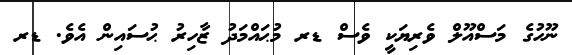
ނޫހުގެ މަސްއޫލް ވެރިޔަކީ ވެސް ޑރ މުޙައްމަދު ޒާހިރު ޙުސައިން އެވެ. ޑރ